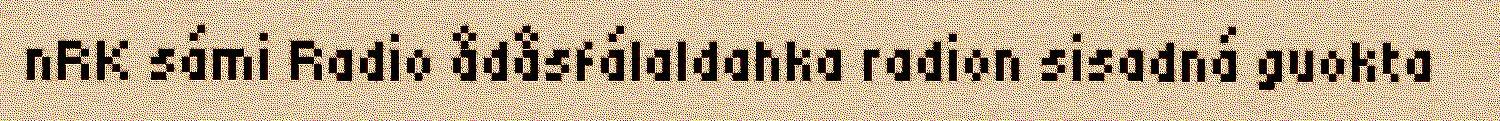
nRK sámi Radio ådåsfálaldahka radion sisadná guokta